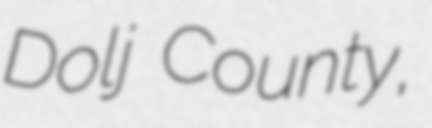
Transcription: Dolj County,